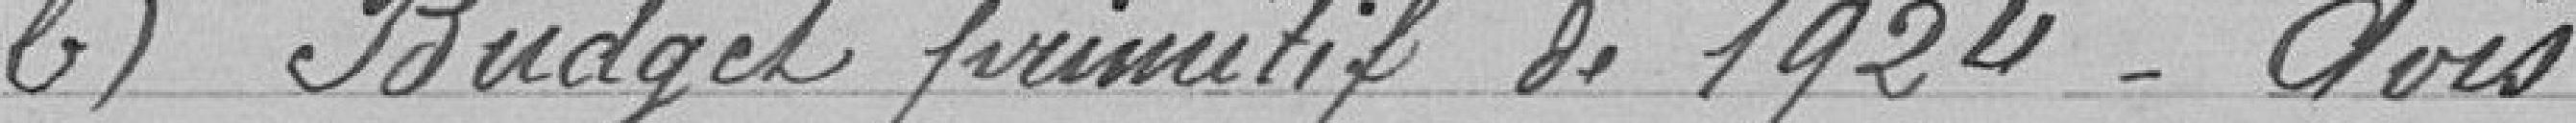
b) Budget primitif de 1920 - Avis